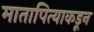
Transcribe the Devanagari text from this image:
मातापित्याकडून